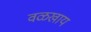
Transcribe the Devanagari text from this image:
वळखाय